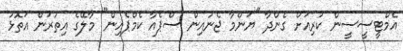
އެމްޓީސީސީން ކުރިއަށް ގެންދާ "ޔަންމާ ޖެނުއިން ސްޕެއާ ކެމްޕެއިން" މާލޭގެ އިތުރުން އަތޮޅު